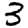
Digit: 3